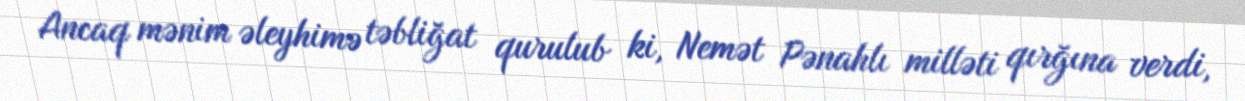
Ancaq mənim əleyhimə təbliğat qurulub ki, Nemət Pənahlı milləti qırğına verdi,